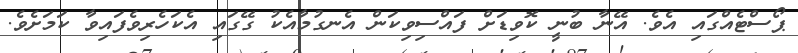
ޕޯސްޓެއްގައި އެވެ. އޭނާ ބުނީ ކޮވިޑަށް ފައްސިވިކަން އެނގުމާއެކު ގޭގައި އެކަހެރިވެފައިވާ ކަމަށެވެ.